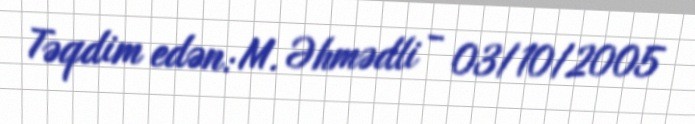
Təqdim edən: M. Əhmədli - 03/10/2005